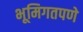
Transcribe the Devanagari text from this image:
भूमिगतपणे